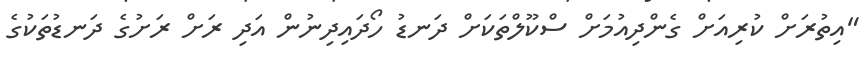
"އިތުރަށް ކުރިއަށް ގެންދިއުމަށް ސްކޫލްތަކަށް ދަނޑު ހޯދައިިދިނުން އަދި ރަށް ރަށުގެ ދަނޑުތަކުގެ